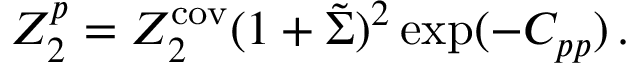
Z _ { 2 } ^ { p } = Z _ { 2 } ^ { \mathrm { c o v } } ( 1 + \tilde { \Sigma } ) ^ { 2 } \exp ( - C _ { p p } ) \, .